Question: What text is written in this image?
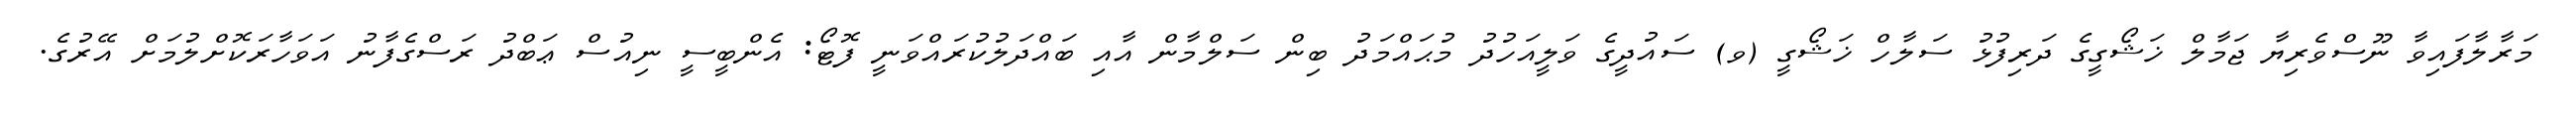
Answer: މަރާލާފައިވާ ނޫސްވެރިޔާ ޖަމާލް ޚަޝޯގީގެ ދަރިފުޅު ސަލާހް ޚަޝޯގީ (ވ) ސައުދީގެ ވަލީއަހުދު މުޙައްމަދު ބިން ސަލްމާން އާއި ބައްދަލުކުރައްވަނީ ފޮޓޯ: އެންބީސީ ނިއުސް ޢަބްދު ރަސްގެފާނު އަވަހާރަކޮށްލުމަށް އޭރުގެ.